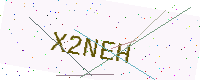
Text: X2NEH